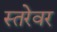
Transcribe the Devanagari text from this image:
स्तरेवर